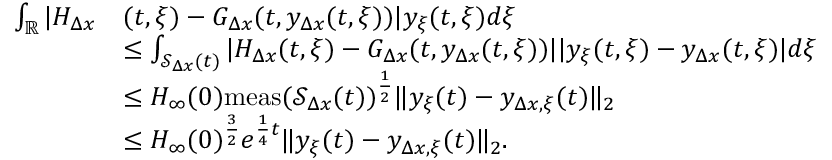
\begin{array} { r l } { \int _ { \mathbb { R } } | H _ { \Delta x } } & { ( t , \xi ) - G _ { \Delta x } ( t , y _ { \Delta x } ( t , \xi ) ) | y _ { \xi } ( t , \xi ) d \xi } \\ & { \leq \int _ { \mathcal { S } _ { \Delta x } ( t ) } | H _ { \Delta x } ( t , \xi ) - G _ { \Delta x } ( t , y _ { \Delta x } ( t , \xi ) ) | | y _ { \xi } ( t , \xi ) - y _ { \Delta x } ( t , \xi ) | d \xi } \\ & { \leq H _ { \infty } ( 0 ) \mathrm { m e a s } ( \mathcal { S } _ { \Delta x } ( t ) ) ^ { \frac { 1 } { 2 } } \| y _ { \xi } ( t ) - y _ { \Delta x , \xi } ( t ) \| _ { 2 } } \\ & { \leq H _ { \infty } ( 0 ) ^ { \frac { 3 } { 2 } } e ^ { \frac { 1 } { 4 } t } \| y _ { \xi } ( t ) - y _ { \Delta x , \xi } ( t ) \| _ { 2 } . } \end{array}